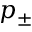
p _ { \pm }